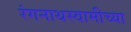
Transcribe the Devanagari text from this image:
रंगनाथस्वामीच्या